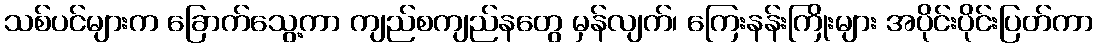
သစ်ပင်များက ခြောက်သွေ့ကာ ကျည်စကျည်နတွေ မှန်လျက်၊ ကြေးနန်းကြိုးများ အပိုင်းပိုင်းပြတ်ကာ